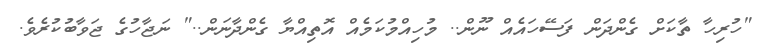
"ހުރިހާ ތާކަށް ގެންދަން ފަސޭހައެއް ނޫން.. މުހިއްމުކަމެއް އޮތިއްޔާ ގެންދާނަން.." ނަޖާހުގެ ޖަވާބުކުރެވެ.